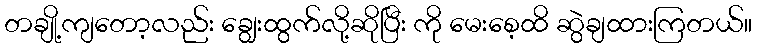
တချို့ကျတော့လည်း ချွေးထွက်လို့ဆိုပြီး ကို မေးစေ့ထိ ဆွဲချထားကြတယ်။